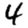
Digit: 4